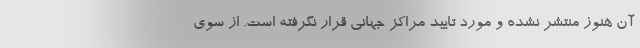
آن هنوز منتشر نشده و مورد تایید مراکز جهانی قرار نگرفته است. از سوی